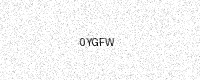
Text: 0YGFW